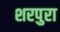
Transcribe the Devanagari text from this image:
शरपुरा